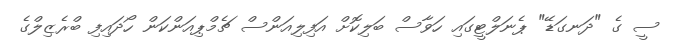
ސީ ގެ "ދަނގަޑޭ" ޕެނަލްޓީގައި ހަވާސް ބަލިކޮށް އަފިލިއަންސް ޗެމްޕިއަންކަން ހޯދައިފި ބްރެޒިލްގެ